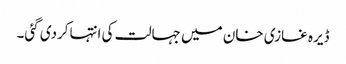
ڈیرہ غازی خان میں جہالت کی انتہاکردی گئی۔